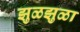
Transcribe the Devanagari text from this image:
झुळझुळा